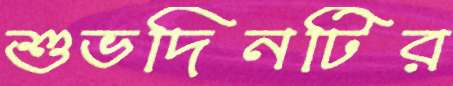
শুভদিনটির